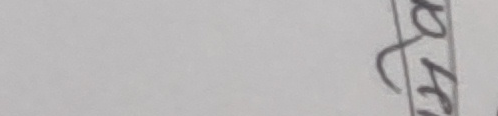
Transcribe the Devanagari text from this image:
अक्षर